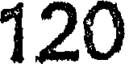
120